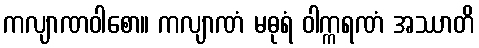
ကလျာဏဝါစော။ ကလျာဏံ မဓုရံ ဝါက္ကရဏံ အဿာတိ